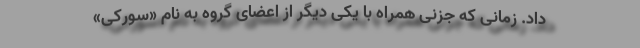
داد. زمانی که جزنی همراه با یکی دیگر از اعضای گروه به نام «سورکی»